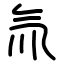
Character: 氚